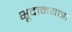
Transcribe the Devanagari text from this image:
भूदानयात्रा